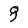
Character: 8